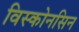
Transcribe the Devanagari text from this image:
विस्कोनसिन